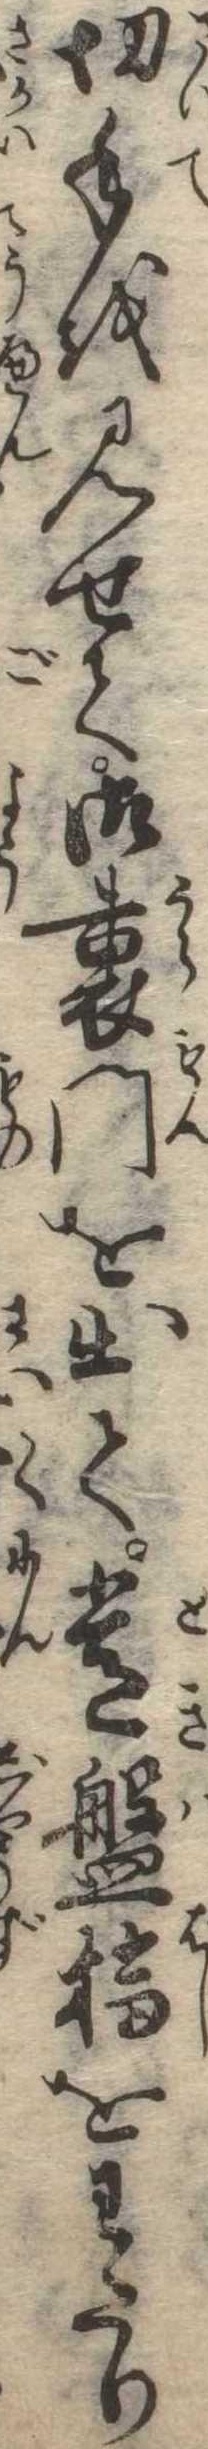
切手を見せて御裏門を出て常盤橋をわたり